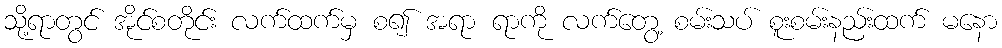
သို့ရာတွင် အိုင်စတိုင်း လက်ထက်မှ စ၍ အရာ ရာကို လက်တွေ့ စမ်းသပ် စူးစမ်းနည်းထက် မနော